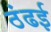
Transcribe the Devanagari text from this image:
ठंढई